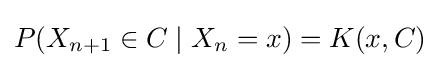
P(X_{n+1}\in C\mid X_{n}=x)=K(x,C)